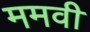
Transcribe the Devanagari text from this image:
ममवी